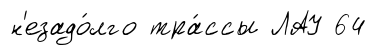
н'езадо́лго тра́ссы ЛАУ 64